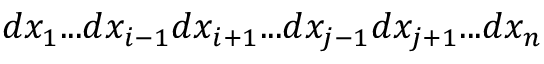
d x _ { 1 } . . . d x _ { i - 1 } d x _ { i + 1 } . . . d x _ { j - 1 } d x _ { j + 1 } . . . d x _ { n }